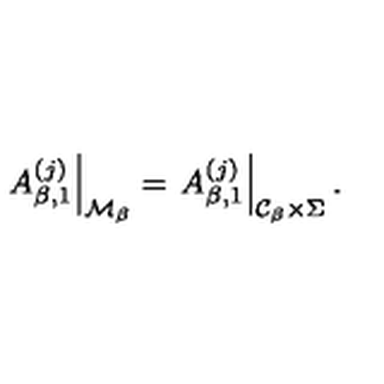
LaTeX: \left. A _ { \beta , 1 } ^ { ( j ) } \right| _ { { \cal M } _ { \beta } } = \left. A _ { \beta , 1 } ^ { ( j ) } \right| _ { { \cal C } _ { \beta } \times \Sigma } .